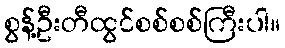
စွန့်ဦးတီထွင်စစ်စစ်ကြီးပါ။